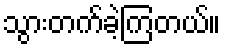
သွားတက်ခဲ့ကြတယ်။